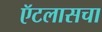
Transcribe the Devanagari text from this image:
ऍटलासचा